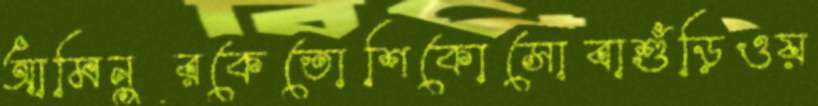
আমিনুরকেতোশিকোসোবাশুঁড়িওয়